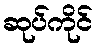
ဆုပ်ကိုင်